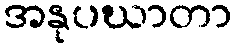
အနုပဃာတာ